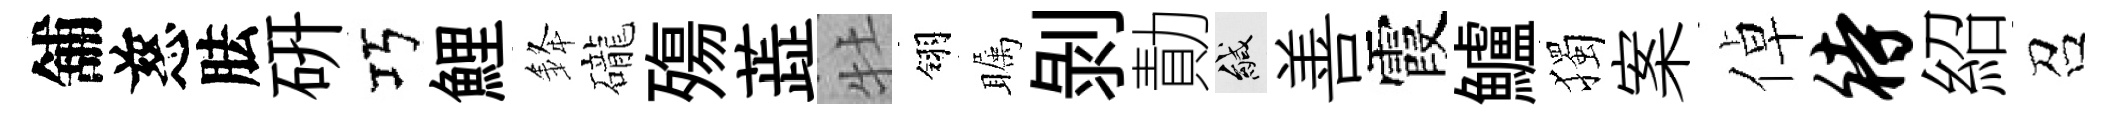
舖慈胠硏巧鯉𨦟礲殤蕋牡翎瞩剥勣緘善霞鱸獨案倬待紹召